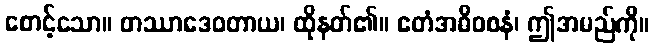
စောင့်သော။ တဿာဒေဝတာယ၊ ထိုနတ်၏။ ဧတံအဓိဝစနံ၊ ဤအမည်ကို။